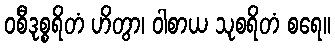
ဝစီဒုစ္စရိတံ ဟိတွာ၊ ဝါစာယ သုစရိတံ စရေ။